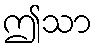
ဤသာ